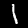
Digit: 1